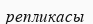
репликасы